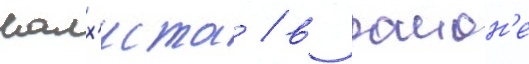
малх'иста / в раион'е